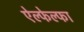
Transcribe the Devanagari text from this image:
ऐल्फेल्फा